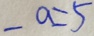
- a = 5